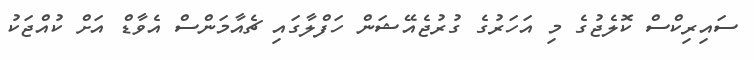
ސައިރިކްސް ކޮލެޖުގެ މި އަހަރުގެ ގުރުޖެއޭޝަން ހަފްލާގައި ޗެއާމަންސް އެވާޑް އަށް ކުއްޖަކު